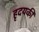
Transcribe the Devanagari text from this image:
हृदयकी